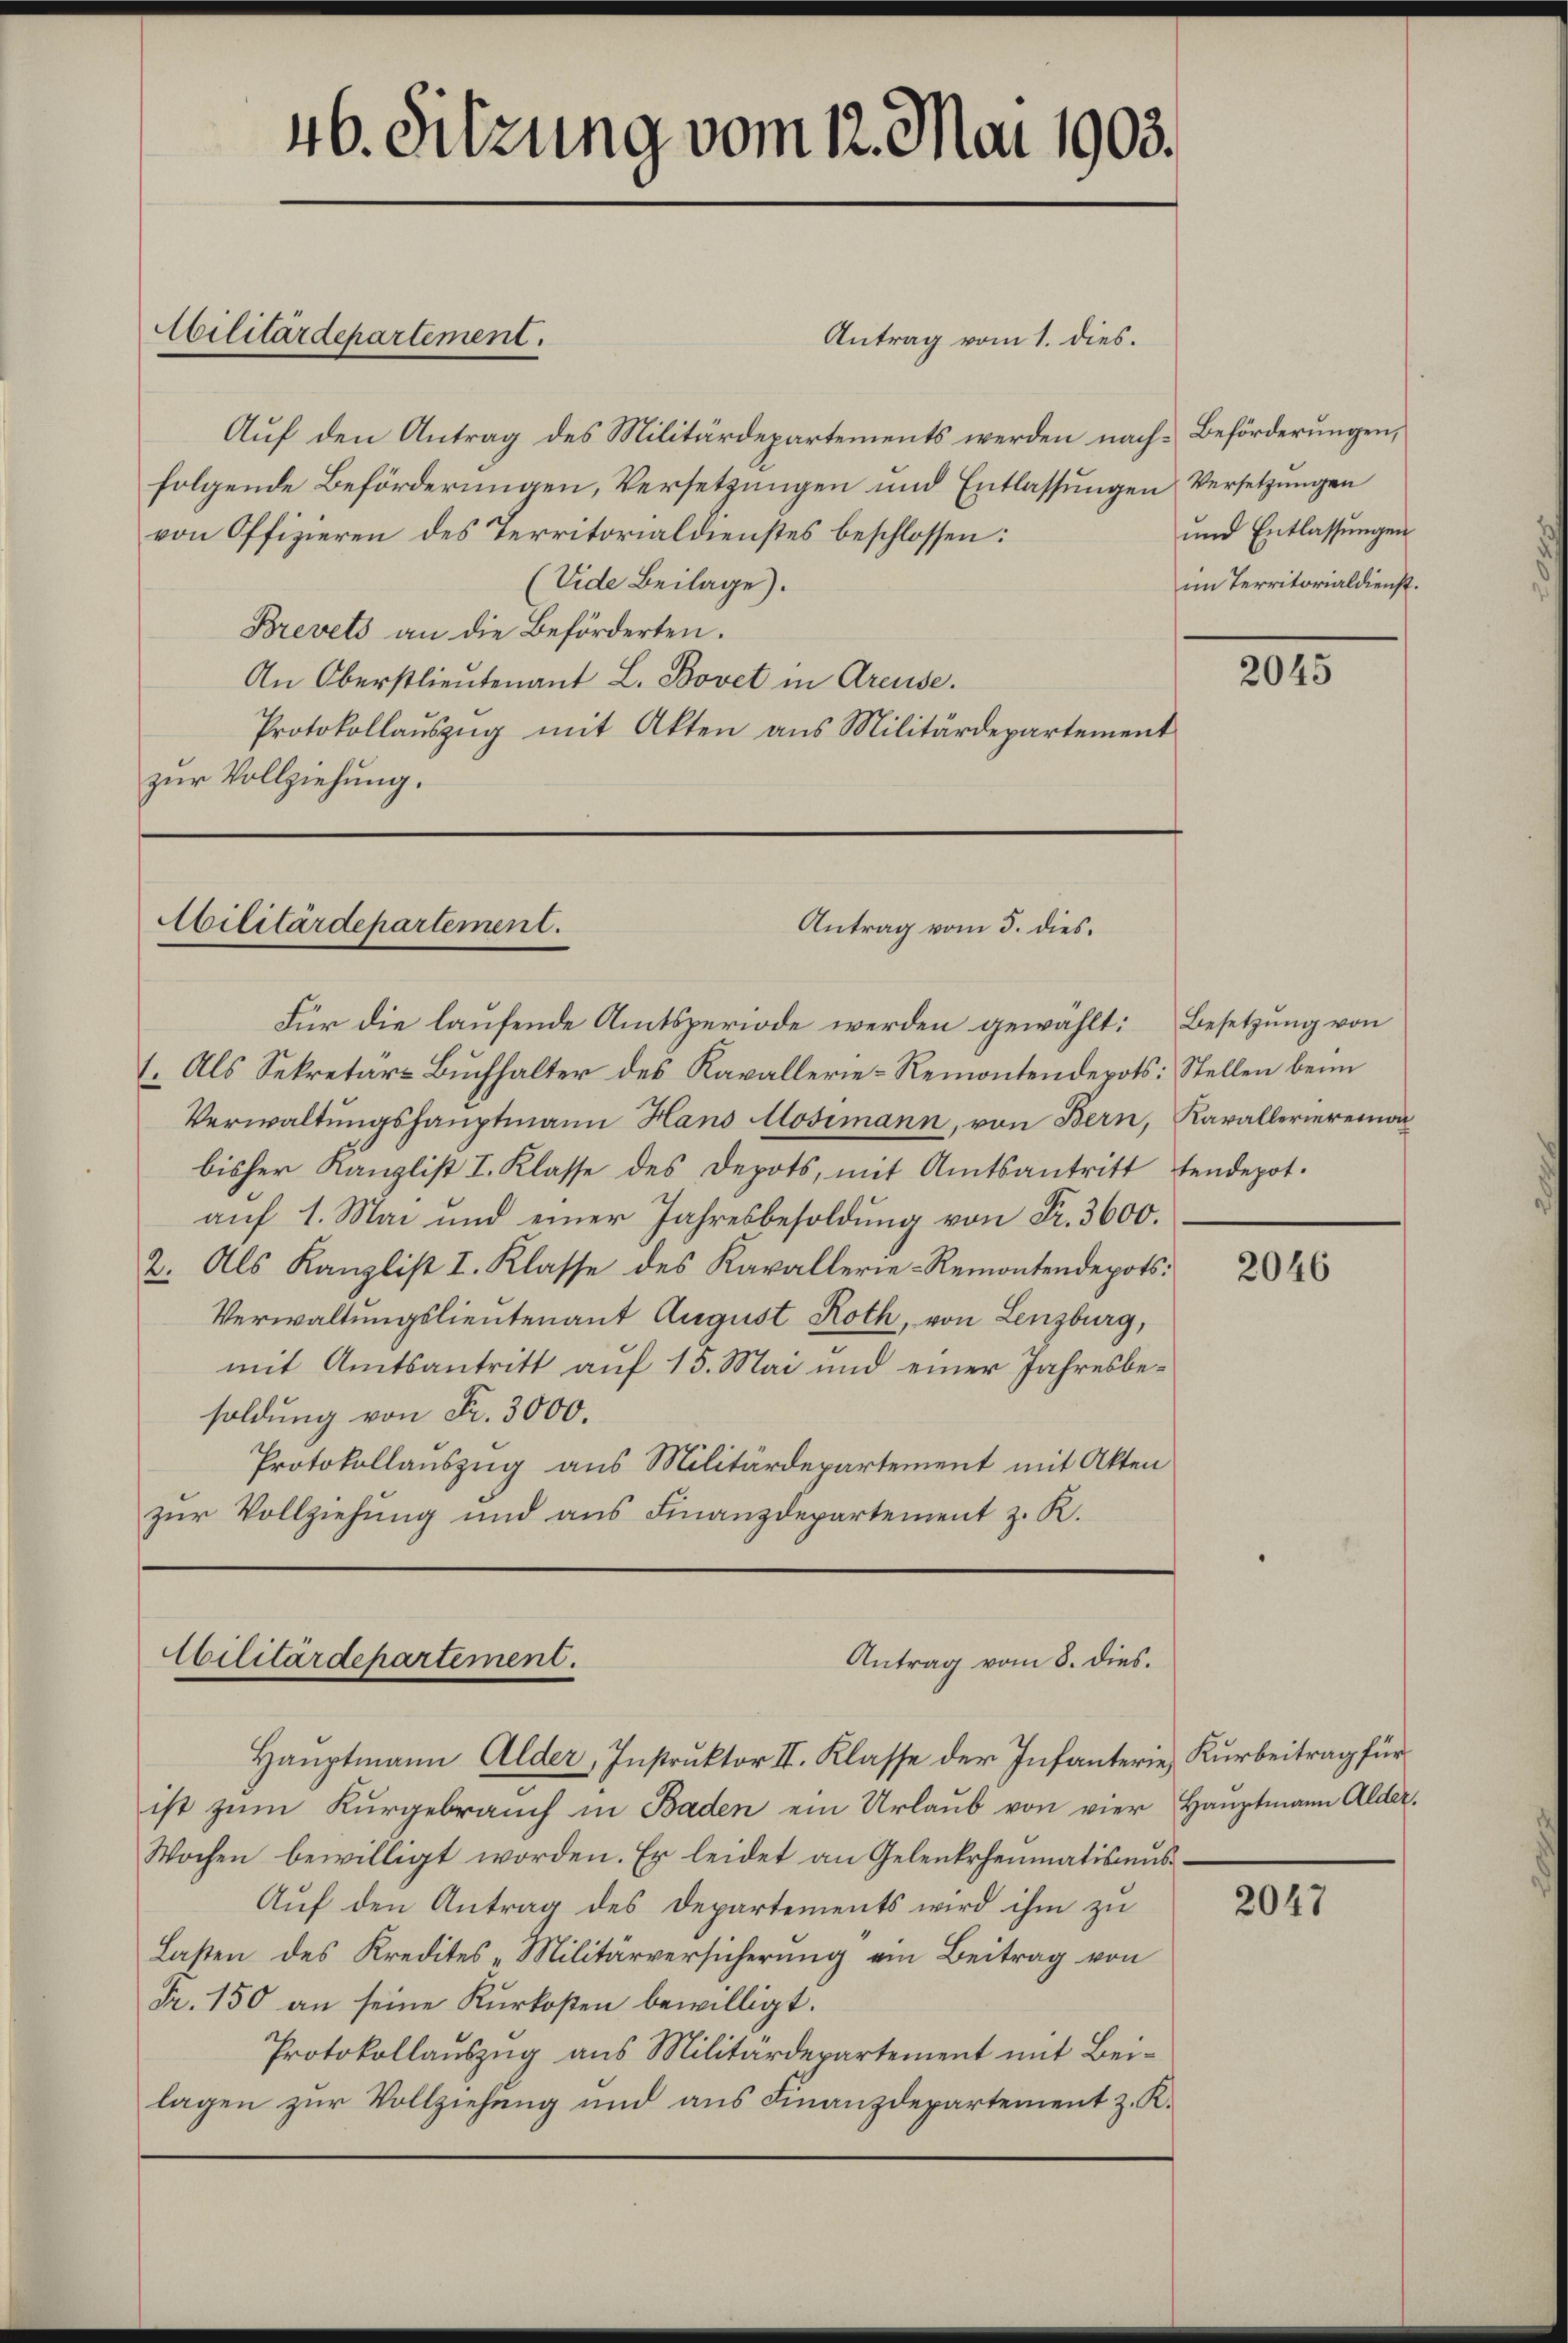
Antrag vom 1. dies.
Auf den Antrag des Militärdepartements werden nach Beförderungen,
folgende Beförderungen, Versetzungen und Entlassungen Versetzungen
von Offizieren des Territorialdienstes beschlossen:
(Vide Beilage).
Brevets an die Beförderten.
An Oberstlieutenant L. Bovet in Areuse.
Protokollaŭszŭg mit Akten ans Militärdepartement
zur Vollziehung.

Für die laufende Amtsperiode werden gewählt: Besetzung von
1. Als Sekretär-Buchhalter des Kavallerie-Remontendepots: Stellen beim
Verwaltungshauptmann Hans Mosimann, von Bern, Kavallerieremo
bisher Kanzlist I. Klasse des Depots, mit Amtsantritt tendepot.
auf 1. Mai und einer Jahresbesoldung von Fr. 3600.
2. Als Kanzlist I. Klasse des Kavallerie-Remontendepots:
Verwaltungslieutenant August Roth, von Lenzburg,
mit Amtsantritt auf 15. Mai und einer Jahresbesoldung von Fr. 3000.
Protokollauszug aus Militärdepartement mit Akten
zur Vollziehung und aus Finanzdepartement z. R.

46. Sitzung vom 12. Mai 1903.

Cilitärdepartement.

Ailitärdepartement.
Antrag vom 5. dies¬

Cilitärdepartement.
Antrag vom 8. dies.

Hauptmann Alder, Instruktor II. Klasse der Infanterie Kurbeitrag für
ist zum Kurgebrauch in Baden ein Urlaub von vier Hauptmann Alder.
Wochen bewilligt worden. Er leidet an Gelenkrheumatismŭs
Auf den Antrag des Departements wird ihm zu
Lasten des Kredites Militärversicherŭng ein Beitrag von
Fr. 150 an seine Kurkosten bewilligt.
Protokollauszug aus Militärdepartement mit Beilagen zur Vollziehung und aus Finanzdepartement z. K.

und Entlassungen
im Territorialdienst.

2045

2046

2047